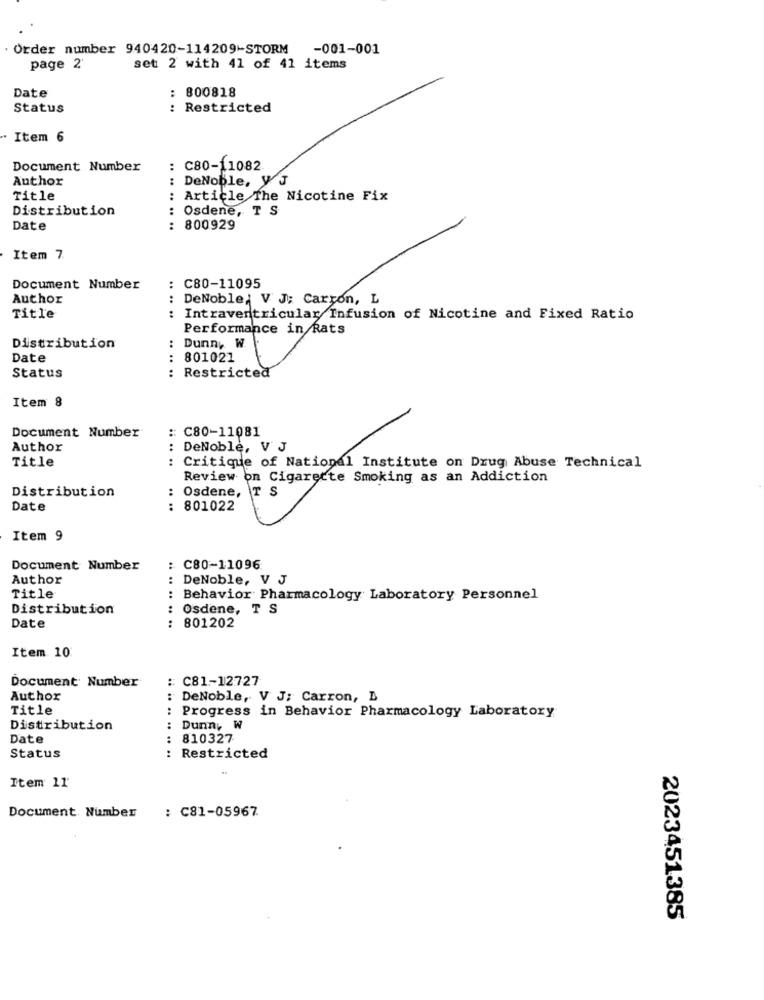
Order number 940420-114209-STORM -001-001
page 2'
set 2 with 41 of 41 items
Date
: 800818
Status
Restricted
.. ..
Item 6
Document Number
: C80-11082
Author
:
DeNoble, y J
Title
: Article The Nicotine Fix
Distribution
: Osdene, T S
Date
: 800929
Item 7.
Document Number
C80-11095
Author
: DeNoble, V J: Carton, L
Title
Intraventricular Infusion of Nicotine and Fixed Ratio
Performance in Rats
: Dunn, W.
Distribution
Date
: 801021
Status
.. .. ..
Restricted
Item 8
:: C80-11081
Document Number
Author
: DeNoble, V J
Title
: Critique of National Institute on Drug Abuse Technical
Review on Cigarette Smoking as an Addiction
Distribution
:
Osdene, TS
Date
801022
.. ..
Item 9
Document Number
: C80-11096
Author
: DeNoble, V J
Title
: Behavior Pharmacology Laboratory Personnel
Distribution
:
Osdene, T S
Date
801202
Item. 10
Document Number
:: C81-12727
Author
:
DeNoble, V J; Carron, B
Title
:
Progress in Behavior Pharmacology Laboratory
Distribution
Dunn, W
Date
.. ..
810327
Status
: Restricted
Item 11
: C81-05967
Document. Number
2023451385